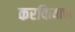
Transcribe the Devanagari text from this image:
करवित्याचा